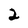
Character: 2